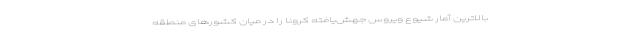
بالاترین آمار شیوع ویروس جهش‌یافته کرونا را در میان کشورهای منطقه